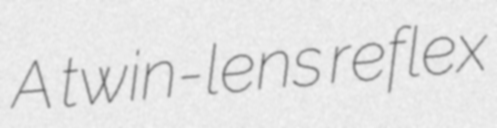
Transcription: A twin-lens reflex